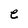
Character: e